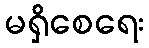
မရှိစေရေး